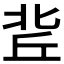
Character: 𠤢